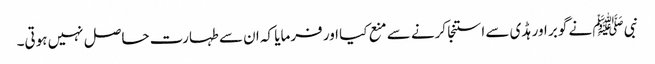
نبی ﷺ نے گوبر اور ہڈی سے استنجا کرنے سے منع کیا اور فرمایا کہ ان سے طہارت حاصل نہیں ہوتی۔